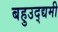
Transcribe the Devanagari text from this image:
बहुउद्द्यमी